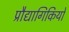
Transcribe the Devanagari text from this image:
प्रौद्यागिकियों